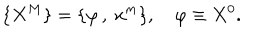
\{ X ^ { M } \} = \{ \varphi \, , \ x ^ { m } \} , \quad \varphi \equiv X ^ { 0 } .